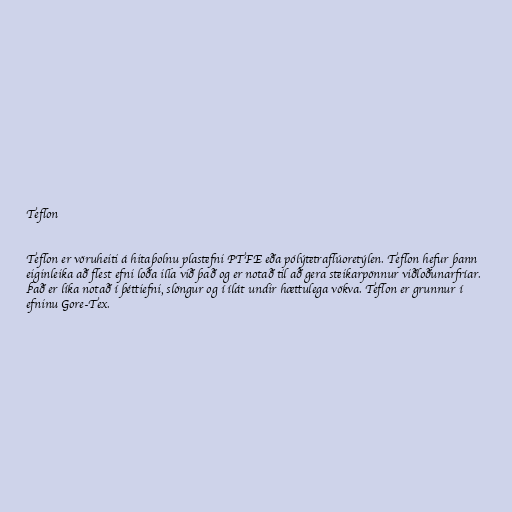
Teflon

Teflon er vöruheiti á hitaþolnu plastefni PTFE eða pólýtetraflúoretýlen. Teflon hefur þann
eiginleika að flest efni loða illa við það og er notað til að gera steikarpönnur viðloðunarfríar.
Það er líka notað í þéttiefni, slöngur og í ílát undir hættulega vökva. Teflon er grunnur í
efninu Gore-Tex.